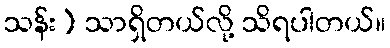
သန်း) သာရှိတယ်လို့ သိရပါတယ်။